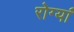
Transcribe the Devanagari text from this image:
रोग्यां